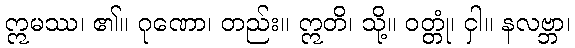
ဣမဿ၊ ၏။ ဂုဏော၊ တည်း။ ဣတိ၊ သို့။ ဝတ္တုံ၊ ငှါ။ နလဗ္ဘာ၊